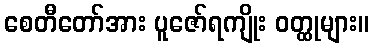
စေတီတော်အား ပူဇော်ရကျိုး ဝတ္ထုများ။